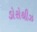
ડોરોથીઝ